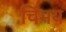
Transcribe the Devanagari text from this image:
चिंमय